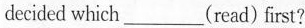
decided which___(read) first?